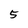
Character: 5